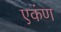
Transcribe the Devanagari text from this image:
एकंण